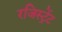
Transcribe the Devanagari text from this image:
रजिस्ट्रेंट